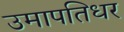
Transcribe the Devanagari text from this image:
उमापतिधर